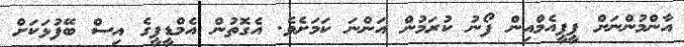
އާންމުންނަށް ޕީޕީއެމްއިން ފޯނު ކުރަމުން އަންނަ ކަަމަށެވެ. އެގޮތުން އެމްޑީޕީގެ އިސް ބޭފުޅަކަށް